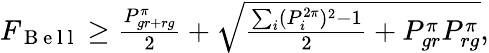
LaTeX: \begin{array}{r}{F_{\mathrm{~B~e~l~l~}}\geq\frac{P_{gr+rg}^{\pi}}{2}+\sqrt{\frac{\sum_{i}(P_{i}^{2\pi})^{2}-1}{2}+P_{gr}^{\pi}P_{rg}^{\pi}},}\end{array}